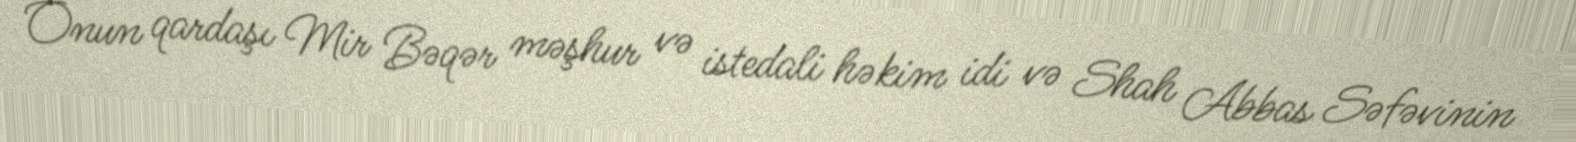
Onun qardaşı Mir Bəqər məşhur və istedali həkim idi və Shah Abbas Səfəvinin